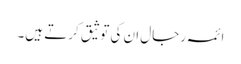
ائمہ رجال ان کی توثیق کرتے ہیں۔